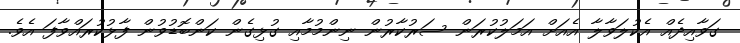
ގަވާއިދެއް އެކުލަވާލާ އެއަށް އަމަލުކުރަން ސަރުކާރުން ނިންމުމާއި ގުޅިގެން ކަންބޮޑުވުން ފާޅުކުރައްވާފަ އެވެ.